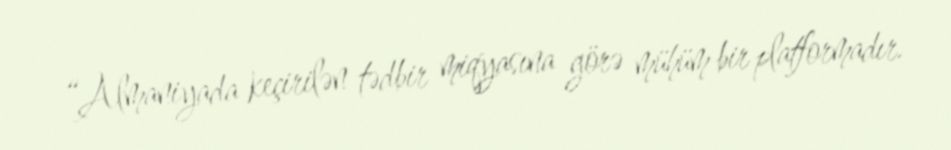
“Almaniyada keçirilən tədbir miqyasına görə mühüm bir platformadır.